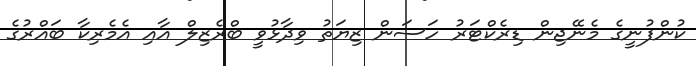
ކުންފުނީގެ މެނޭޖިން ޑިރެކްޓަރު ހަސަން ޒިޔަތު ވިދާޅުވީ ބްރެޒިލް އާއި އެމެރިކާ ބައްރުގެ